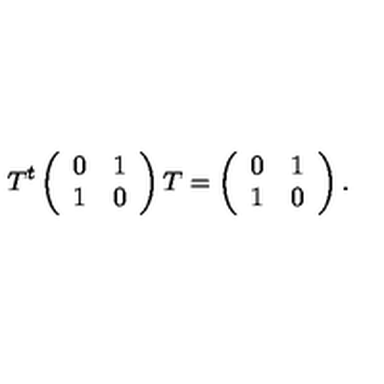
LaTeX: T ^ { t } \left( \begin{array} { c c } { 0 } & { 1 } \\ { 1 } & { 0 } \\ \end{array} \right) T = \left( \begin{array} { c c } { 0 } & { 1 } \\ { 1 } & { 0 } \\ \end{array} \right) .